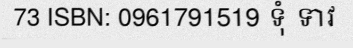
73 ISBN: 0961791519 ទុំ ទាវ